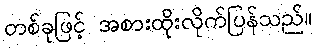
တစ်ခုဖြင့် အစားထိုးလိုက်ပြန်သည်။